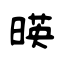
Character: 暎